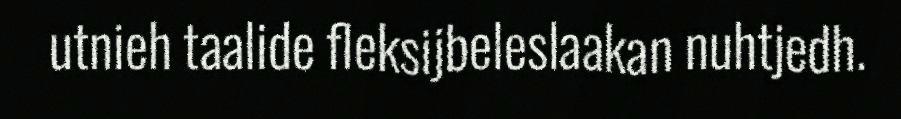
utnieh taalide fleksijbeleslaakan nuhtjedh.